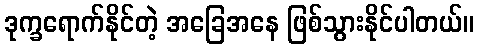
ဒုက္ခရောက်နိုင်တဲ့ အခြေအနေ ဖြစ်သွားနိုင်ပါတယ်။